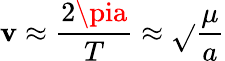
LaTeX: \mathbf{v}\approx{\frac{{2\pia}}{{T}}}\approx{\sqrt{}{{\frac{{\mu}}{{a}}}}}